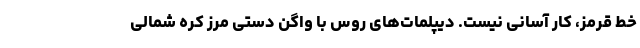
خط قرمز، کار آسانی نیست. دیپلمات‌های روس با واگن دستی مرز کره شمالی